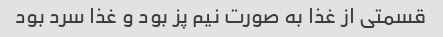
قسمتی از غذا به صورت نیم پز بود و غذا سرد بود